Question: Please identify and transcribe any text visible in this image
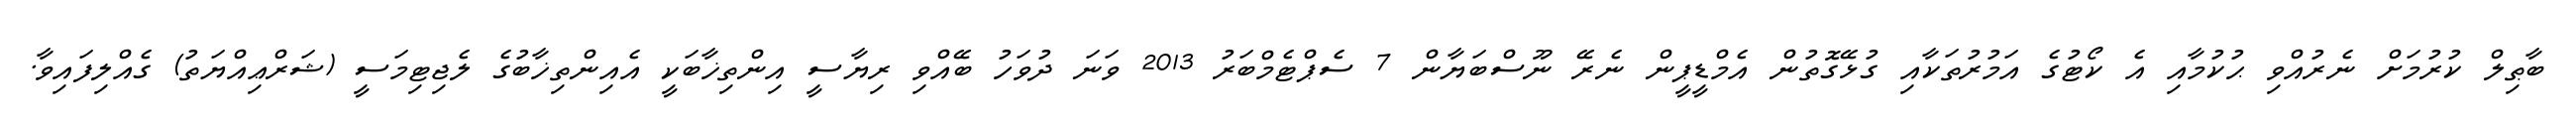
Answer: ބާޠިލް ކުރުމަށް ނެރުއްވި ޙުކުމާއި އެ ކޯޓުގެ އަމުރުތަކާއި ގުޅޭގޮތުން އެމްޑީޕީން ނެރޭ ނޫސްބަޔާން 7 ސެޕްޓެމްބަރު 2013 ވަނަ ދުވަހު ބޭއްވި ރިޔާސީ އިންތިޚާބަކީ އެއިންތިޚާބުގެ ލެޖިޓިމަސީ (ޝަރްޢިއްޔަތު) ގެއްލިފައިވާ.